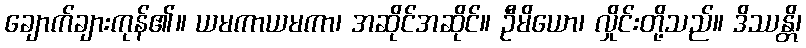
ချောက်ချားကုန်၏။ ယမကာယမကာ၊ အဆိုင်အဆိုင်။ ဦမိယော၊ လှိုင်းတို့သည်။ ဒိဿန္တိ၊